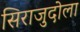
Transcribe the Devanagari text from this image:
सिराजुदोला